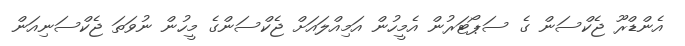
އެންޑްރޫ ޖެކްސަން ގެ ސަޕޯޓަރުން އެމީހުން އަމިއްލައަށް ޖެކްސަންގެ މީހުން ނުވަތަ ޖެކްސަނިއަން